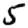
Digit: 5